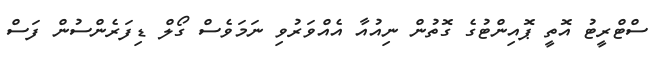
ސްޓްރީޓު އޮތީ ޕޮއިންޓުގެ ގޮތުން ނިއުއާ އެއްވަރުވި ނަމަވެސް ގޯލް ޑިފަރެންސުން ފަސް